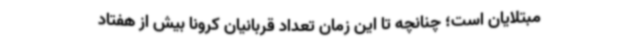
مبتلایان است؛ چنانچه تا این زمان تعداد قربانیان کرونا بیش از هفتاد